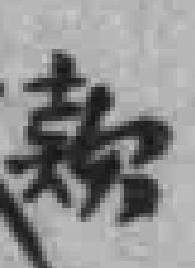
款